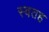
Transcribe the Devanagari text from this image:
स्वतह